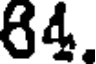
84.